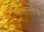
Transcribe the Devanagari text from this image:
कालस्वरूपी